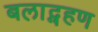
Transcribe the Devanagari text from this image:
बलाद्ग्रहण